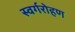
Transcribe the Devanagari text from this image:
स्वर्गरोहण